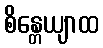
စိန္တေယျာထ